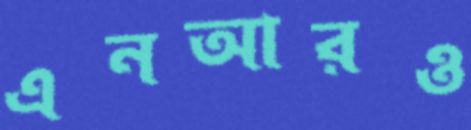
এনআরও